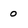
Character: 0